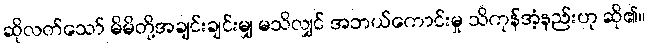
ဆိုလတ်သော် မိမိတို့အချင်းချင်းမျှ မသိလျှင် အဘယ်ကောင်းမှု သိကုန်အံ့နည်းဟု ဆို၏။